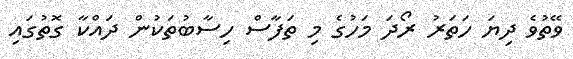
ވޭތުވެ ދިޔަ ހަތަރު ރޯދަ މަހުގެ މި ތަފާސް ހިސާބުތަކުން ދައްކާ ގޮތުގައި